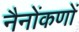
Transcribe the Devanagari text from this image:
नैनोंकणों